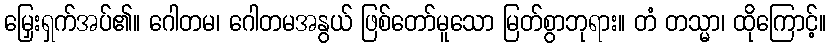
မြှေးရှက်အပ်၏။ ဂေါတမ၊ ဂေါတမအနွယ် ဖြစ်တော်မူသော မြတ်စွာဘုရား။ တံ တသ္မာ၊ ထိုကြောင့်။